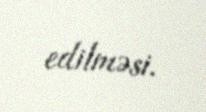
edilməsi.